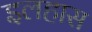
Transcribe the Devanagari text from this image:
इलहास